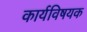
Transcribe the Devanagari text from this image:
कार्यविषयक